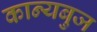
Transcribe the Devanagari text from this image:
कान्यबुज